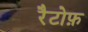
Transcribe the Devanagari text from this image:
रैटोफ़